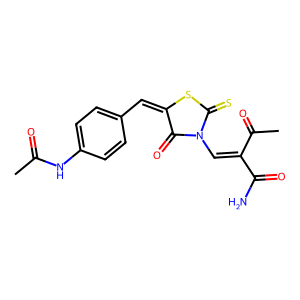
SMILES: CC(=O)Nc1ccc(C=C2SC(=S)N(C=C(C(C)=O)C(N)=O)C2=O)cc1
Inhibits HIV replication: No